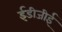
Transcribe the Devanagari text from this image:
ईडीजीई